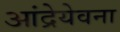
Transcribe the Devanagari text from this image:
आंद्रेयेवना